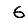
Digit: 6